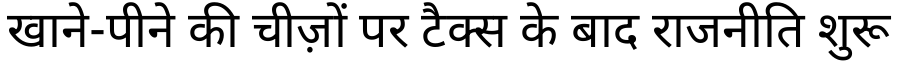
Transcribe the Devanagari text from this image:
खाने-पीने की चीज़ों पर टैक्स के बाद राजनीति शुरू